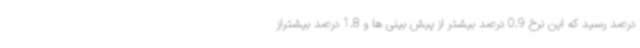
درصد رسید که این نرخ 0.9 درصد بیشتر از پیش بینی ها و 1.8 درصد بیشتراز